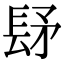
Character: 𨱨